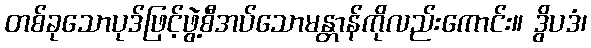
တစ်ခုသောပုဒ်ဖြင့်ဖွဲ့စီအပ်သောမန္တာန်ကိုလည်းကောင်း။ ဒွိပဒံ၊